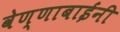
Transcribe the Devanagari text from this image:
वेण्णाबाईंनी